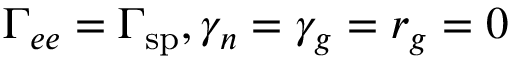
\Gamma _ { e e } = \Gamma _ { \mathrm { s p } } , \gamma _ { n } = \gamma _ { g } = r _ { g } = 0